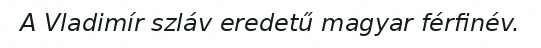
A Vladimír szláv eredetű magyar férfinév.